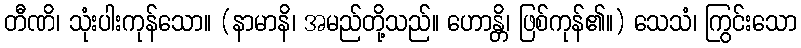
တီဏိ၊ သုံးပါးကုန်သော။ (နာမာနိ၊ အမည်တို့သည်။ ဟောန္တိ၊ ဖြစ်ကုန်၏။) သေသံ၊ ကြွင်းသော